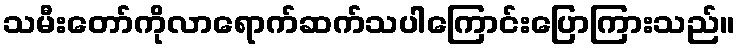
သမီးတော်ကိုလာရောက်ဆက်သပါကြောင်းပြောကြားသည်။